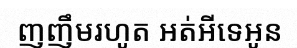
ញញឹមរហូត អត់អីទេអូន